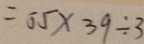
= 5 5 \times 3 9 \div 3